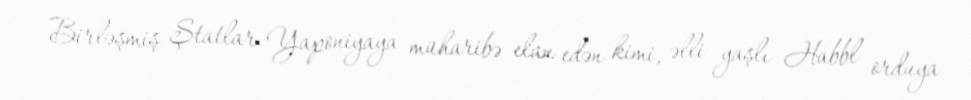
Birləşmiş Ştatlar Yaponiyaya müharibə elan edən kimi, əlli yaşlı Habbl orduya